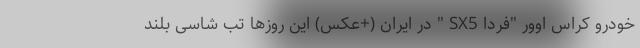
خودرو کراس اوور "فردا SX5 " در ایران (+عکس) این روزها تب شاسی بلند